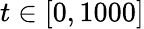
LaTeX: t\in[0,1000]